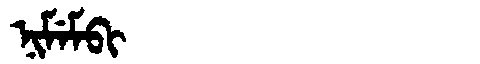
Manchu: ᠨᡳᠮᡝᠮᠪᡳ
Romanization: NIMEMBI